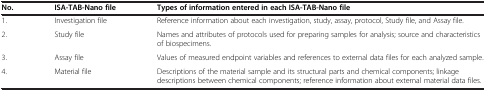
<table><thead><tr><td><b>No.</b></td><td><b>ISA-TAB-Nano file</b></td><td><b>Types of information entered in each ISA-TAB-Nano file</b></td></tr></thead><tbody><tr><td>1.</td><td>Investigation file</td><td>Reference information about each investigation, study, assay, protocol, Study file, and Assay file.</td></tr><tr><td>2.</td><td>Study file</td><td>Names and attributes of protocols used for preparing samples for analysis; source and characteristics of biospecimens.</td></tr><tr><td>3.</td><td>Assay file</td><td>Values of measured endpoint variables and references to external data files for each analyzed sample.</td></tr><tr><td>4.</td><td>Material file</td><td>Descriptions of the material sample and its structural parts and chemical components; linkage descriptions between chemical components; reference information about external material data files.</td></tr></tbody></table>